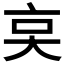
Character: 𠅌